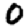
Digit: 0